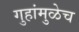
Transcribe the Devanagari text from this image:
गुहांमुळेच